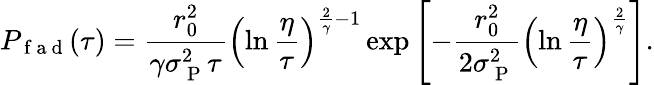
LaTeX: P_{\mathrm{~f~a~d~}}(\tau)=\frac{r_{0}^{2}}{\gamma\sigma_{\mathrm{~P~}}^{2}\tau}\left(\ln\frac{\eta}{\tau}\right)^{\frac{2}{\gamma}-1}\exp\left[-\frac{r_{0}^{2}}{2\sigma_{\mathrm{~P~}}^{2}}\left(\ln\frac{\eta}{\tau}\right)^{\frac{2}{\gamma}}\right].